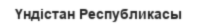
Үндістан Республикасы